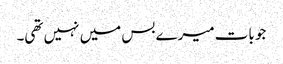
جو بات میرے بس میں نہیں تھی۔